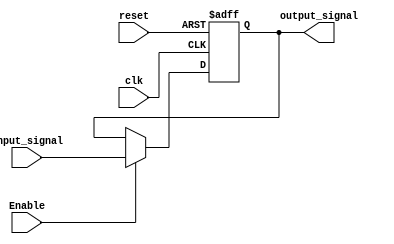
module EnableLatch (
    input wire clk,
    input wire reset,
    input wire Enable,
    input wire input_signal,
    output reg output_signal
);

reg latch_value;

always @(posedge clk or posedge reset) begin
    if (reset) begin
        latch_value <= 1'b0;
    end else begin
        if (Enable) begin
            latch_value <= input_signal;
        end
    end
end

assign output_signal = latch_value;

endmodule